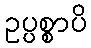
ဥပ္ပစ္စာပိ